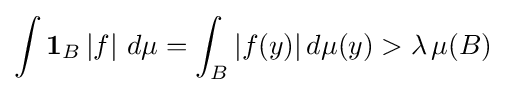
\int \mathbf {1} _{B}\,|f|\ d\mu =\int _{B}|f(y)|\,d\mu (y)>\lambda \,\mu (B)